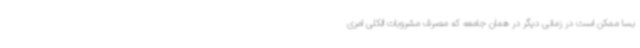
بسا ممکن است در زمانی دیگر در همان جامعه که مصرف مشروبات الکلی امری